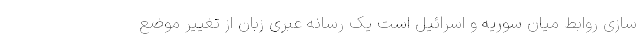
سازی روابط میان سوریه و اسرائیل است یک رسانه عبری زبان از تغییر موضع